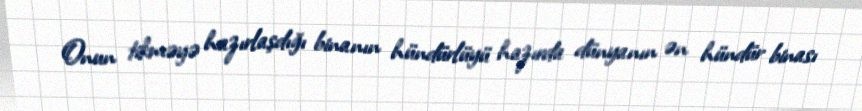
Onun tikməyə hazırlaşdığı binanın hündürlüyü hazırda dünyanın ən hündür binası